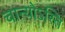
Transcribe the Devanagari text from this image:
चान्योऽस्ति